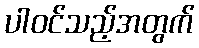
ပါဝင်သည့်အတွက်